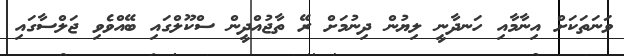
ވަނަތަކަށް އިނާމާއި ހަނދާނީ ލިޔުން ދިނުމަށް ރޭ ތާޖުއްދީން ސްކޫލްގައި ބޭއްވެވި ޖަލްސާގައި